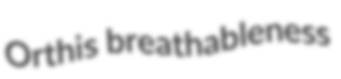
Orthis breathableness